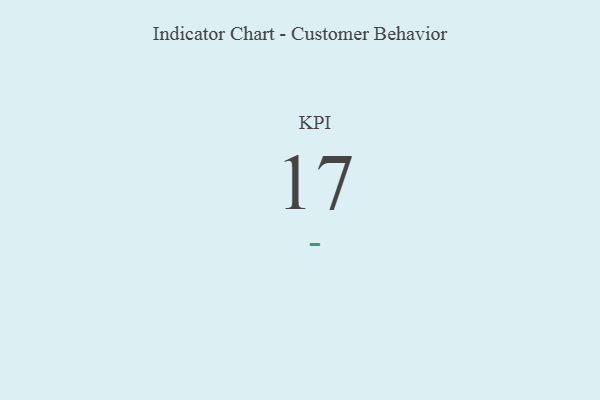
{"axis": {"x": "KPI", "y": "Value"}, "legend": [""], "data": [{"x": "KPI", "y": 17, "type": ""}]}